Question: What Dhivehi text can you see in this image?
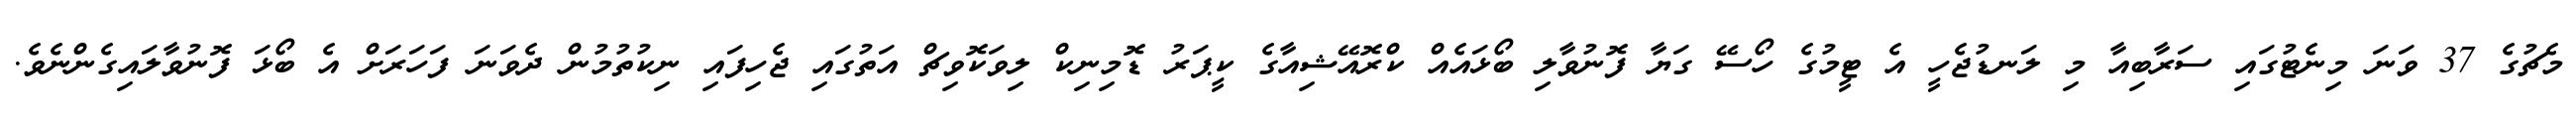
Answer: މެޗުގެ 37 ވަނަ މިނެޓުގައި ސަރާބިއާ މި ލަނޑުޖެހީ އެ ޓީމުގެ ހޯސޭ ގަޔާ ފޮނުވާލި ބޯޅައެއް ކްރޮއޭޝިއާގެ ކީޕަރު ޑޮމިނިކް ލިވަކޮވިޗް އަތުގައި ޖެހިފައި ނިކުތުމުން ދެވަނަ ފަހަރަށް އެ ބޯޅަ ފޮނުވާލައިގެންނެވެ.